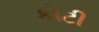
કોટી